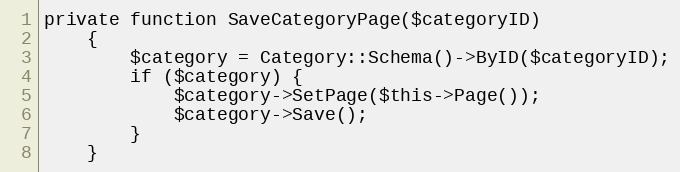
Language: PHP
private function SaveCategoryPage($categoryID)
    {
        $category = Category::Schema()->ByID($categoryID);
        if ($category) {
            $category->SetPage($this->Page());
            $category->Save();
        }
    }